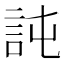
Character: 訰